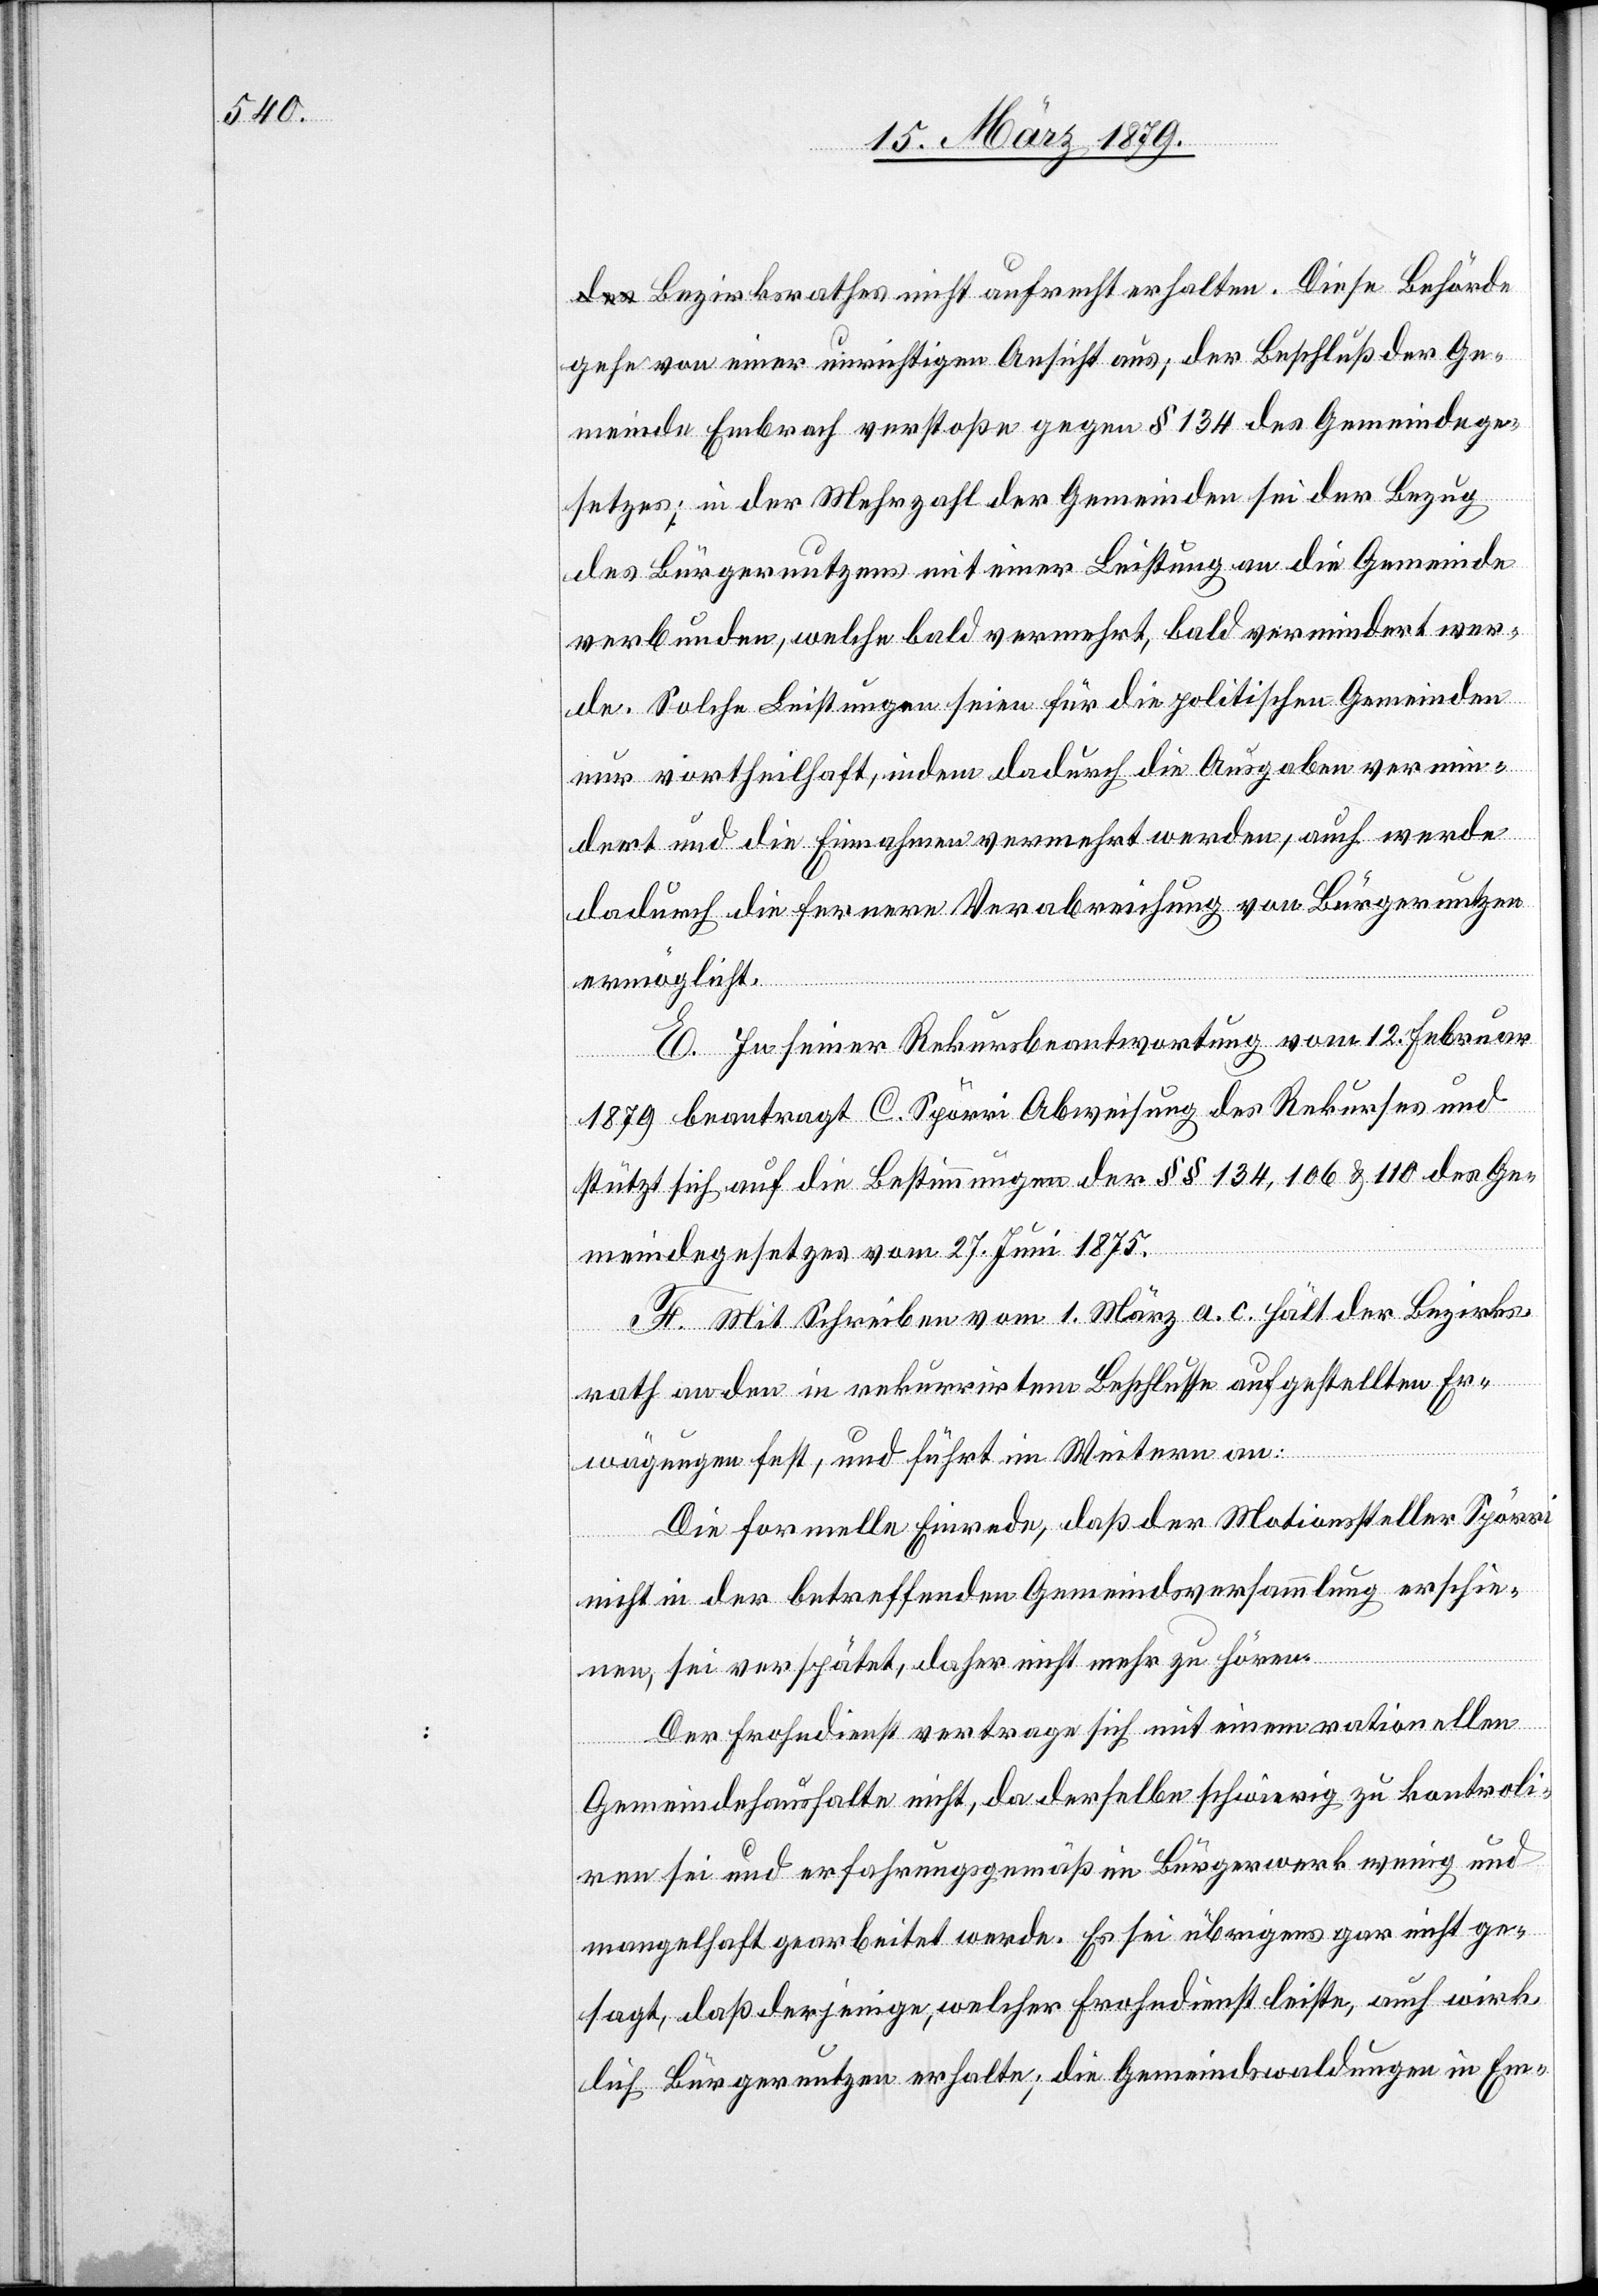
Bezirksrathes nicht aufrecht erhalten. Diese Behörde
gehe von einer unrichtigen Ansicht aus; der Beschluß der Ge¬
meinde Embrach verstoße gegen § 134 des Gemeindege¬
setzes; in Mehrzahl der Gemeinden sei der Bezug
des Bürgernutzens mit einer Leistung an die Gemeinde
verbunden, welche bald vermehrt, bald vermindert wer¬
de. Solche Leistungen seien für die politischen Gemeinden
nur vortheilhaft, indem dadurch die Ausgaben vermin¬
dert und die Einnahmen vermehrt werden, auch werde
dadurch die fernere Verabreichung von Bürgernutzen
ermöglicht.
E. In seiner Rekursbeantwortung vom 12. Februar
1879 beantragt C. Spörri Abweisung des Rekurses und
stützt sich auf die Bestimmungen der §§ 134, 106 & 110 des Ge¬
meindegesetzes vom 27. Juni 1875.
F. Mit Schreiben vom 1. März a. c. hält der Bezirks¬
rath an den in rekurrirtem Beschlusse aufgestellten Er¬
wägungen fest, und führt im Weitern an:
Die formelle Einrede, daß der Motionssteller Spörri
nicht in der betreffenden Gemeindsversammlung erschie¬
nen, sei verspätet, daher nicht mehr zu hören.
Der Frohndienst vertrage sich mit einem rationellen
Gemeindehaushalte nicht, da derselbe schwierig zu kontroli¬
ren sei und erfahrungsgemäß im Bürgerwerk wenig und
mangelhaft gearbeitet werde. Es sei übrigens gar nicht ge¬
sagt, daß derjenige, welcher Frohndienst leiste, auch wirk¬
lich Bürgernutzen erhalte; die Gemeindswaldungen in Em-